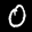
Label: 0